NAE_ERA_R-2324_Eesti_Vabariigi_Pohiseaduslik_Assamblee, lk 38
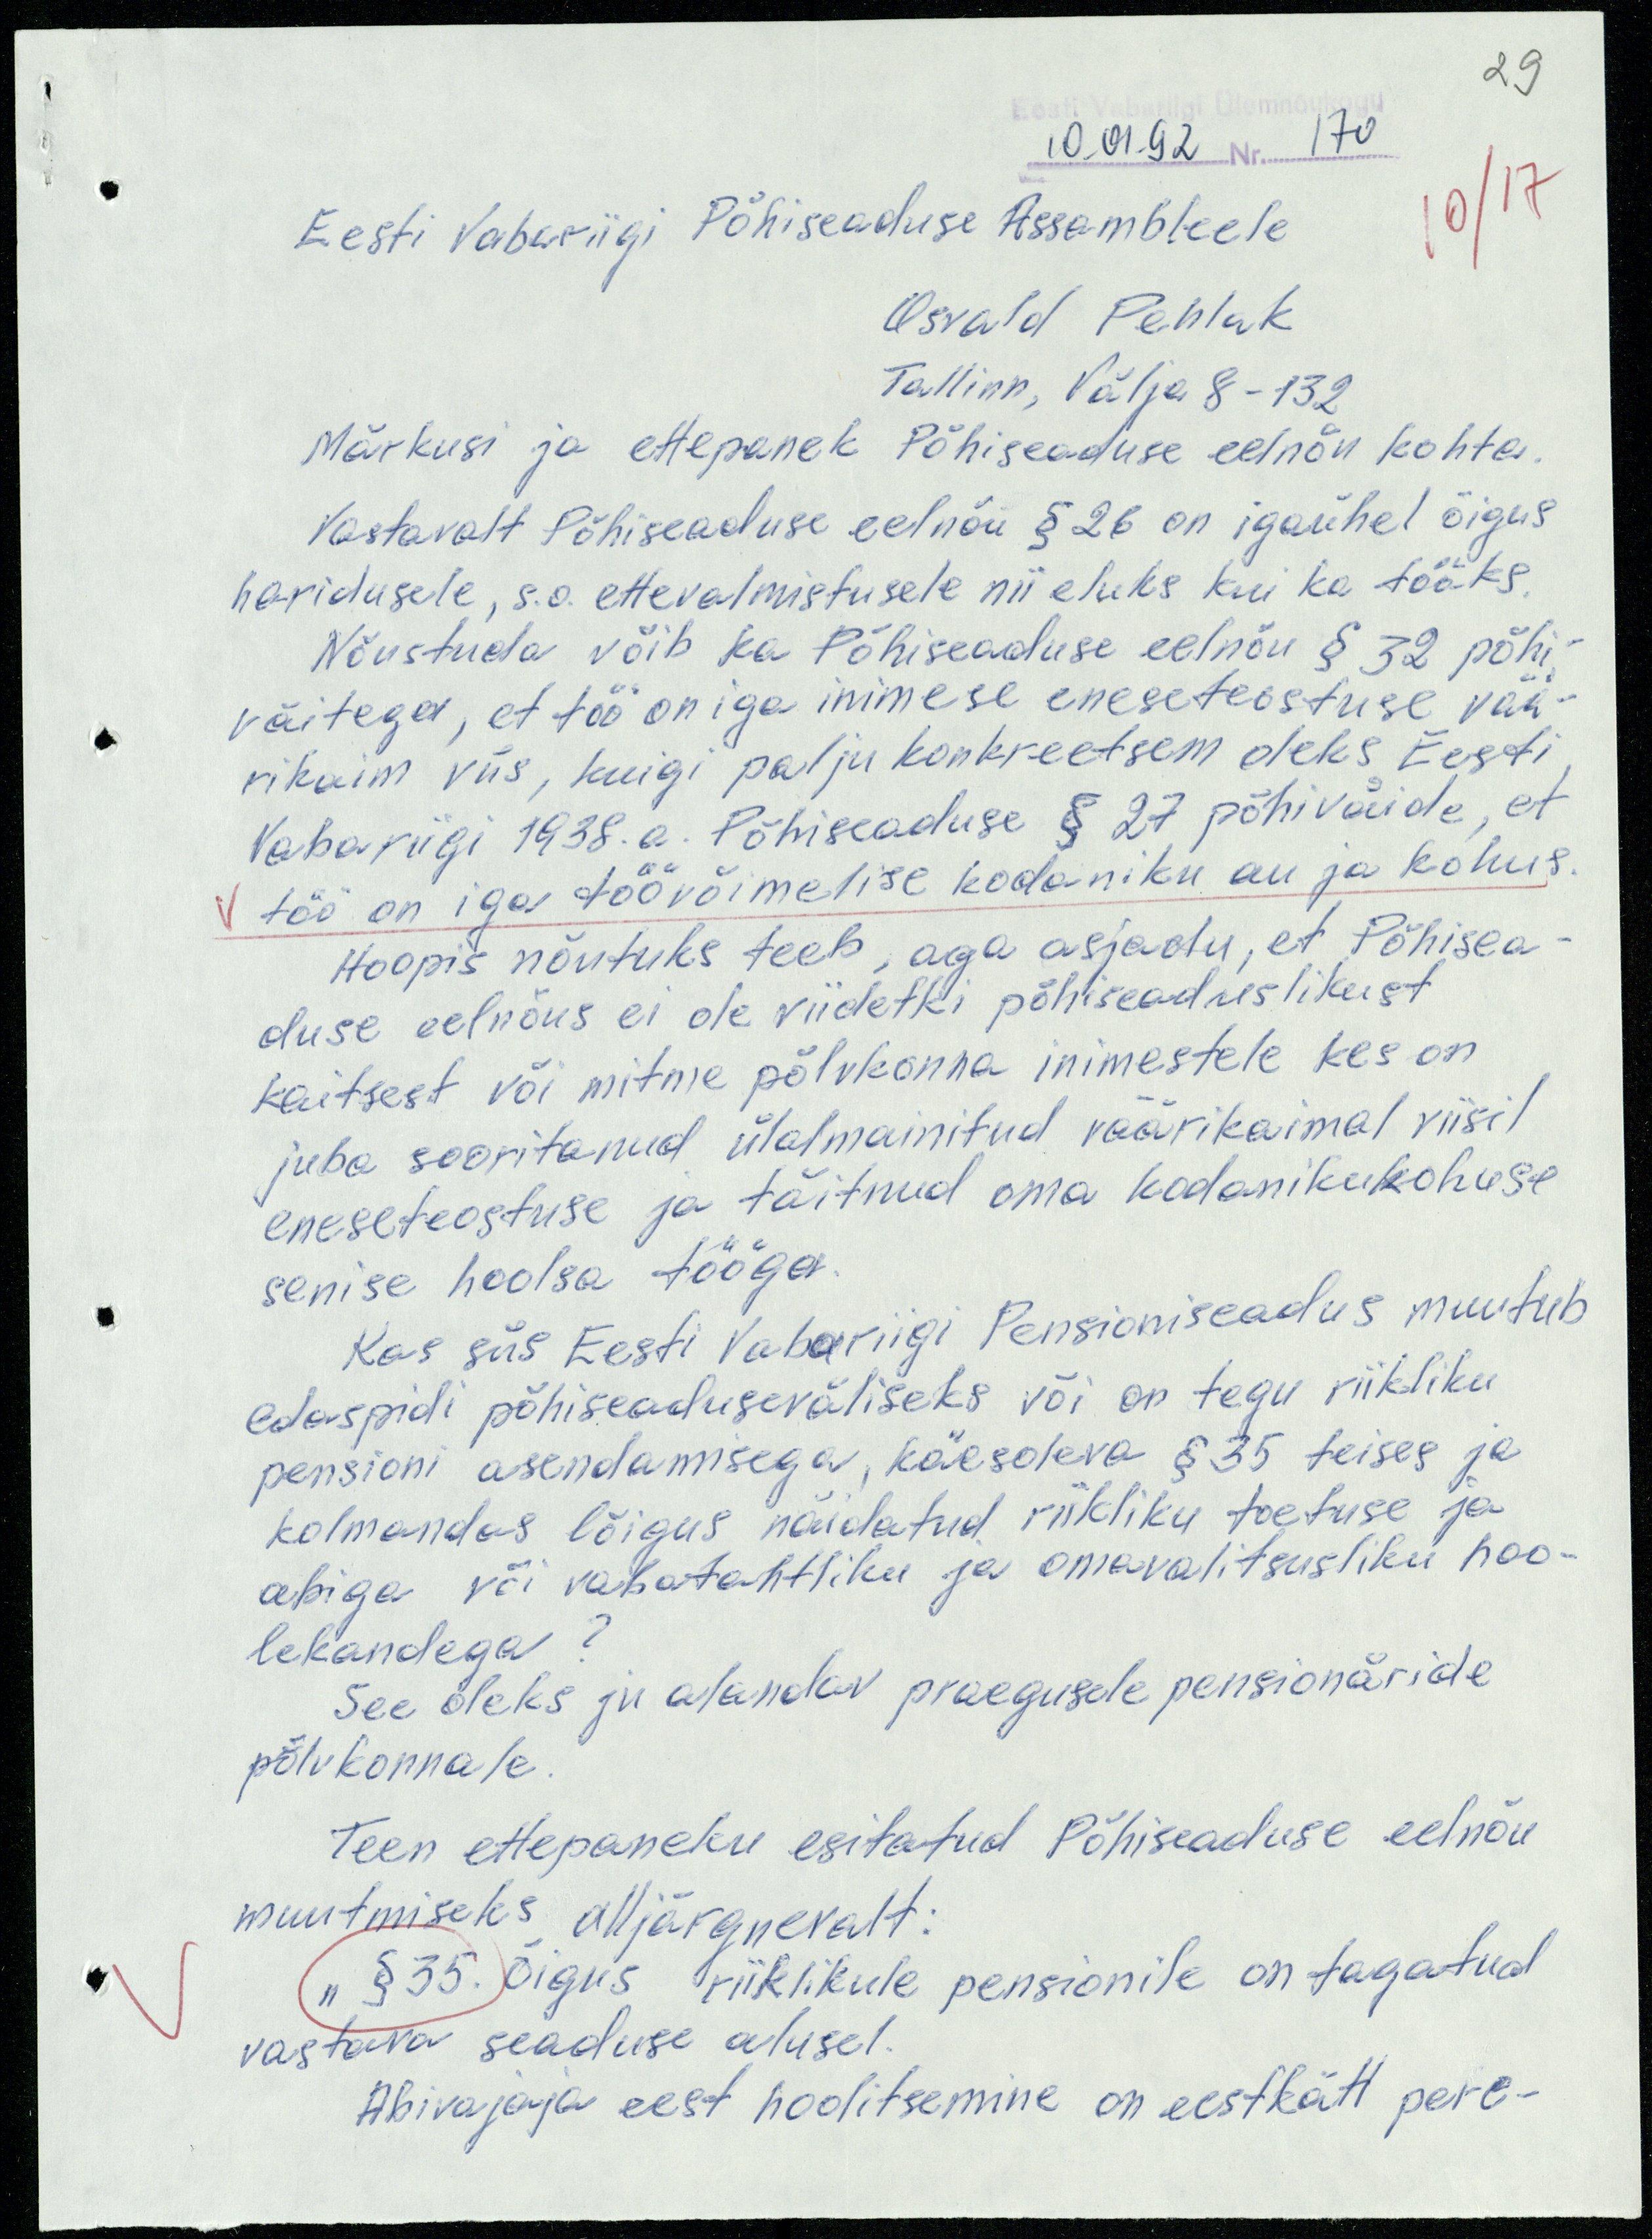
29

10.01.92 Nr. 170
Eesti Vabariigi Põhiseaduse Assambleele
Osvald Pehlak
Tallinn, Välja 8-132
Märkusi ja ettepanek Põhiseaduse eelnõu kohta.
Vastavalt Põhiseaduse eelnõu § 26 on igaühel õigus
haridusele, s.o. ettevalmistusele nii eluks kui ka tööks.
Nõustuda võib ka Põhiseaduse eelnõu § 32 põhi-
väitega, et töö on iga inimese eneseteostuse vää-
rikaim viis, kuigi palju konkreetsem oleks Eesti
Vabariigi 1938.a. Põhiseaduse § 27 põhiväide, et
töö on iga töövõimelise kodaniku au ja kohus.
Hoopis nõutuks teeb, aga asjaolu, et Põhisea-
duse eelnõus ei ole viidetki põhiseaduslikust
kaitsest või mitme põlvkonna inimestele kes on
juba sooritanud ülalmainitud väärikaimal viisil
eneseteostuse ja täitnud oma kodanikukohuse
senise hoolsa tööga.
Kas siis Eesti Vabariigi Pensioniseadus muutub
edaspidi põhiseaduseväliseks või on tegu riikliku
pensoni asendamisega, käesoleva § 35 teises ja
kolmandas lõigus näidatud riikliku toetuse ja
abiga või vabatahtliku ja omavalitsusliku hoo-
lekandega?
See oleks ju alandav praegusele pensionäride
põlvkonnale.
Teen ettepaneku esitatud Põhiseaduse eelnõu
muutmiseks alljärgnevalt:
"§ 35. Õigus riiklikule pensionile on tagatud
vastava seaduse alusel.
Abivajaja eest hoolitsemine on eestkätt pere-